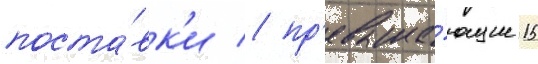
поста́вк'и / пр'евыша́ющие 15